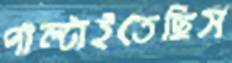
পাল্‌টাইতেছিস